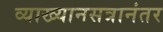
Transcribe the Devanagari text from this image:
व्याख्यानसत्रानंतर